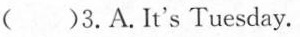
( )3.A.It's Tuesday.